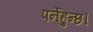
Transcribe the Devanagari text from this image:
पर्नेहुन्छ।